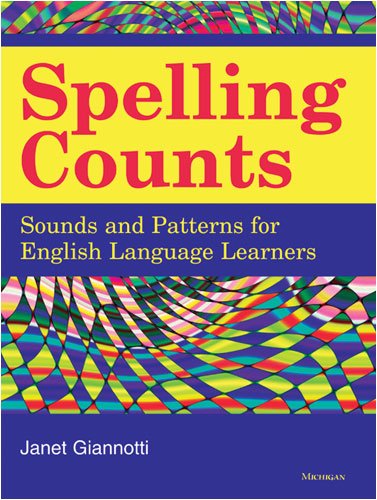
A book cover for Spelling Counts: Sounds and Patterns for English Language Learners; Janet Giannotti; Reference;